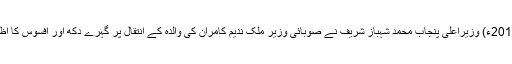
11 اگست2017ء) وزیراعلیٰ پنجاب محمد شہباز شریف نے صوبائی وزیر ملک ندیم کامران کی والدہ کے انتقال پر گہرے دکھ اور افسوس کا اظہار کیا ہے۔